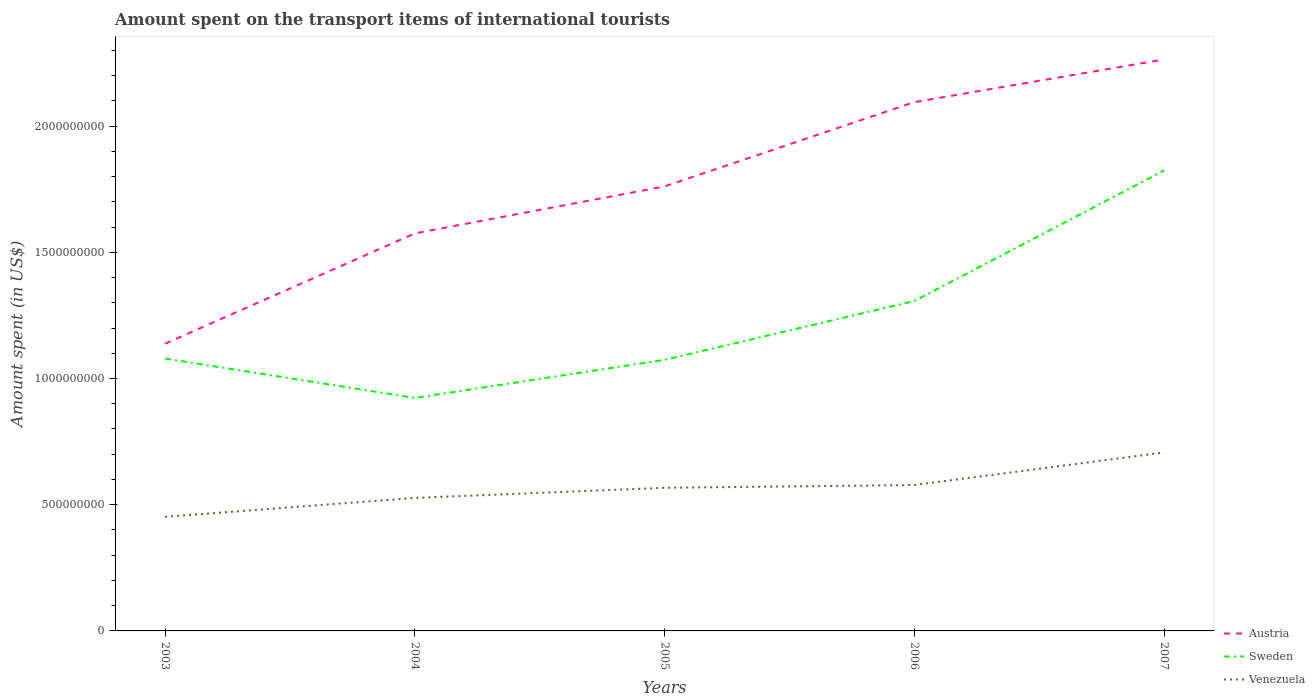
| Years | Austria | Sweden | Venezuela |
 | --- | --- | --- | --- |
 | 2003 | 1.14e+09 | 1.08e+09 | 4.52e+08 |
 | 2004 | 1.58e+09 | 9.23e+08 | 5.27e+08 |
 | 2005 | 1.76e+09 | 1.07e+09 | 5.67e+08 |
 | 2006 | 2.1e+09 | 1.31e+09 | 5.78e+08 |
 | 2007 | 2.26e+09 | 1.82e+09 | 7.07e+08 |